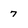
Character: 7